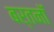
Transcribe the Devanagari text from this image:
बर्तनॉ